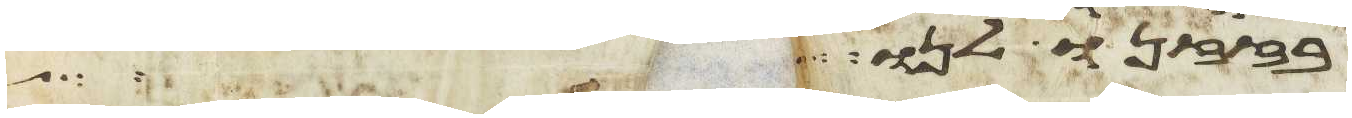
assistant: בזזנו לנו